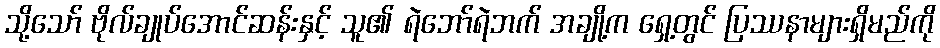
သို့သော် ဗိုလ်ချုပ်အောင်ဆန်းနှင့် သူ၏ ရဲဘော်ရဲဘက် အချို့က ရှေ့တွင် ပြဿနာများရှိမည်ကို